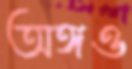
অঙ্গও